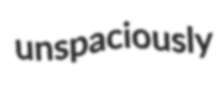
unspaciously